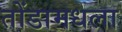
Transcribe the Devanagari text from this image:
तोंडामधला